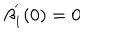
\beta _ { 1 } ^ { ^ { \prime } } ( 0 ) = 0